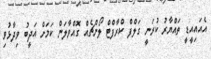
އެއައިއީޑީ ތައްޔާރު ކުރަނީ ގަލްފް ކްރާފްޓް ލޯންޗެއް ގޮއްވާލަން ކަމަށް އަދީބު ވިދާޅުވި